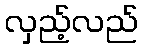
လှည့်လည်